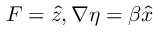
\boldsymbol { F } = \boldsymbol { \hat { z } } , \boldsymbol { \nabla } \eta = \beta \boldsymbol { \hat { x } }